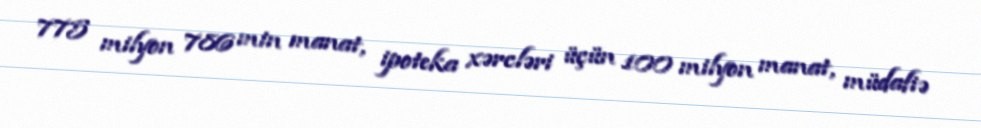
775 milyon 786 min manat, ipoteka xərcləri üçün 100 milyon manat, müdafiə